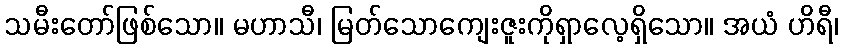
သမီးတော်ဖြစ်သော။ မဟာသီ၊ မြတ်သောကျေးဇူးကိုရှာလေ့ရှိသော။ အယံ ဟိရီ၊